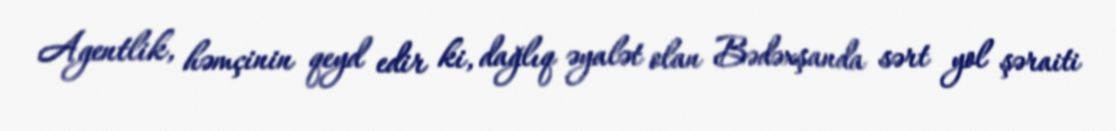
Agentlik, həmçinin qeyd edir ki, dağlıq əyalət olan Bədəxşanda sərt yol şəraiti